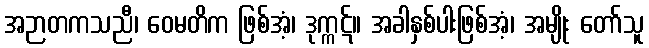
အဉာတကသညီ၊ ဝေမတိက ဖြစ်အံ့၊ ဒုက္ကဋ်။ အခါနှစ်ပါးဖြစ်အံ့၊ အမျိုး တော်သူ